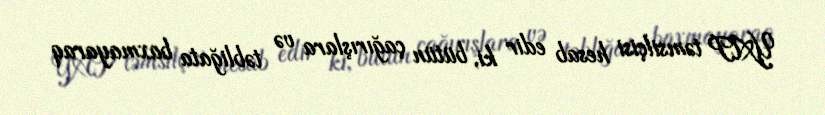
YAP təmsilçisi hesab edir ki, bütün çağırışlara və təbliğata baxmayaraq